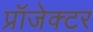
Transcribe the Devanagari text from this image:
प्रॉजेक्टर